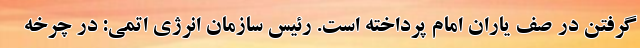
گرفتن در صف یاران امام پرداخته است. رئیس سازمان انرژی اتمی: در چرخه